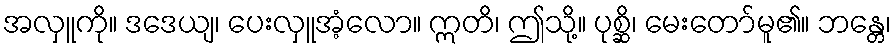
အလှူကို။ ဒဒေယျ၊ ပေးလှူအံ့လော။ ဣတိ၊ ဤသို့။ ပုစ္ဆိ၊ မေးတော်မူ၏။ ဘန္တေ၊